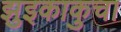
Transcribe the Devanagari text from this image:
झुइकाकुचा